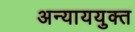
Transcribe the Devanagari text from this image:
अन्याययुक्त